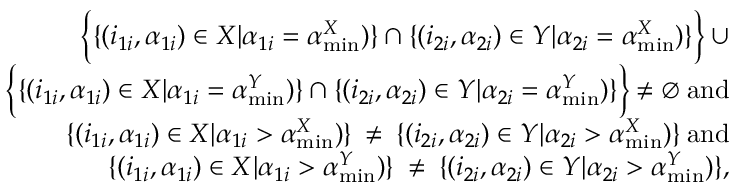
\begin{array} { r } { \Bigl \{ \{ ( i _ { 1 i } , \alpha _ { 1 i } ) \in X | \alpha _ { 1 i } = \alpha _ { \operatorname* { m i n } } ^ { X } ) \} \cap \{ ( i _ { 2 i } , \alpha _ { 2 i } ) \in Y | \alpha _ { 2 i } = \alpha _ { \operatorname* { m i n } } ^ { X } ) \} \Bigl \} \: \cup } \\ { \Bigl \{ \{ ( i _ { 1 i } , \alpha _ { 1 i } ) \in X | \alpha _ { 1 i } = \alpha _ { \operatorname* { m i n } } ^ { Y } ) \} \cap \{ ( i _ { 2 i } , \alpha _ { 2 i } ) \in Y | \alpha _ { 2 i } = \alpha _ { \operatorname* { m i n } } ^ { Y } ) \} \Bigl \} \: \neq \emptyset \: \mathrm { a n d } } \\ { \{ ( i _ { 1 i } , \alpha _ { 1 i } ) \in X | \alpha _ { 1 i } > \alpha _ { \operatorname* { m i n } } ^ { X } ) \} \: \neq \: \{ ( i _ { 2 i } , \alpha _ { 2 i } ) \in Y | \alpha _ { 2 i } > \alpha _ { \operatorname* { m i n } } ^ { X } ) \} \: \mathrm { a n d } } \\ { \{ ( i _ { 1 i } , \alpha _ { 1 i } ) \in X | \alpha _ { 1 i } > \alpha _ { \operatorname* { m i n } } ^ { Y } ) \} \: \neq \: \{ ( i _ { 2 i } , \alpha _ { 2 i } ) \in Y | \alpha _ { 2 i } > \alpha _ { \operatorname* { m i n } } ^ { Y } ) \} , } \end{array}